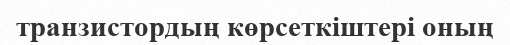
транзистордың көрсеткіштері оның